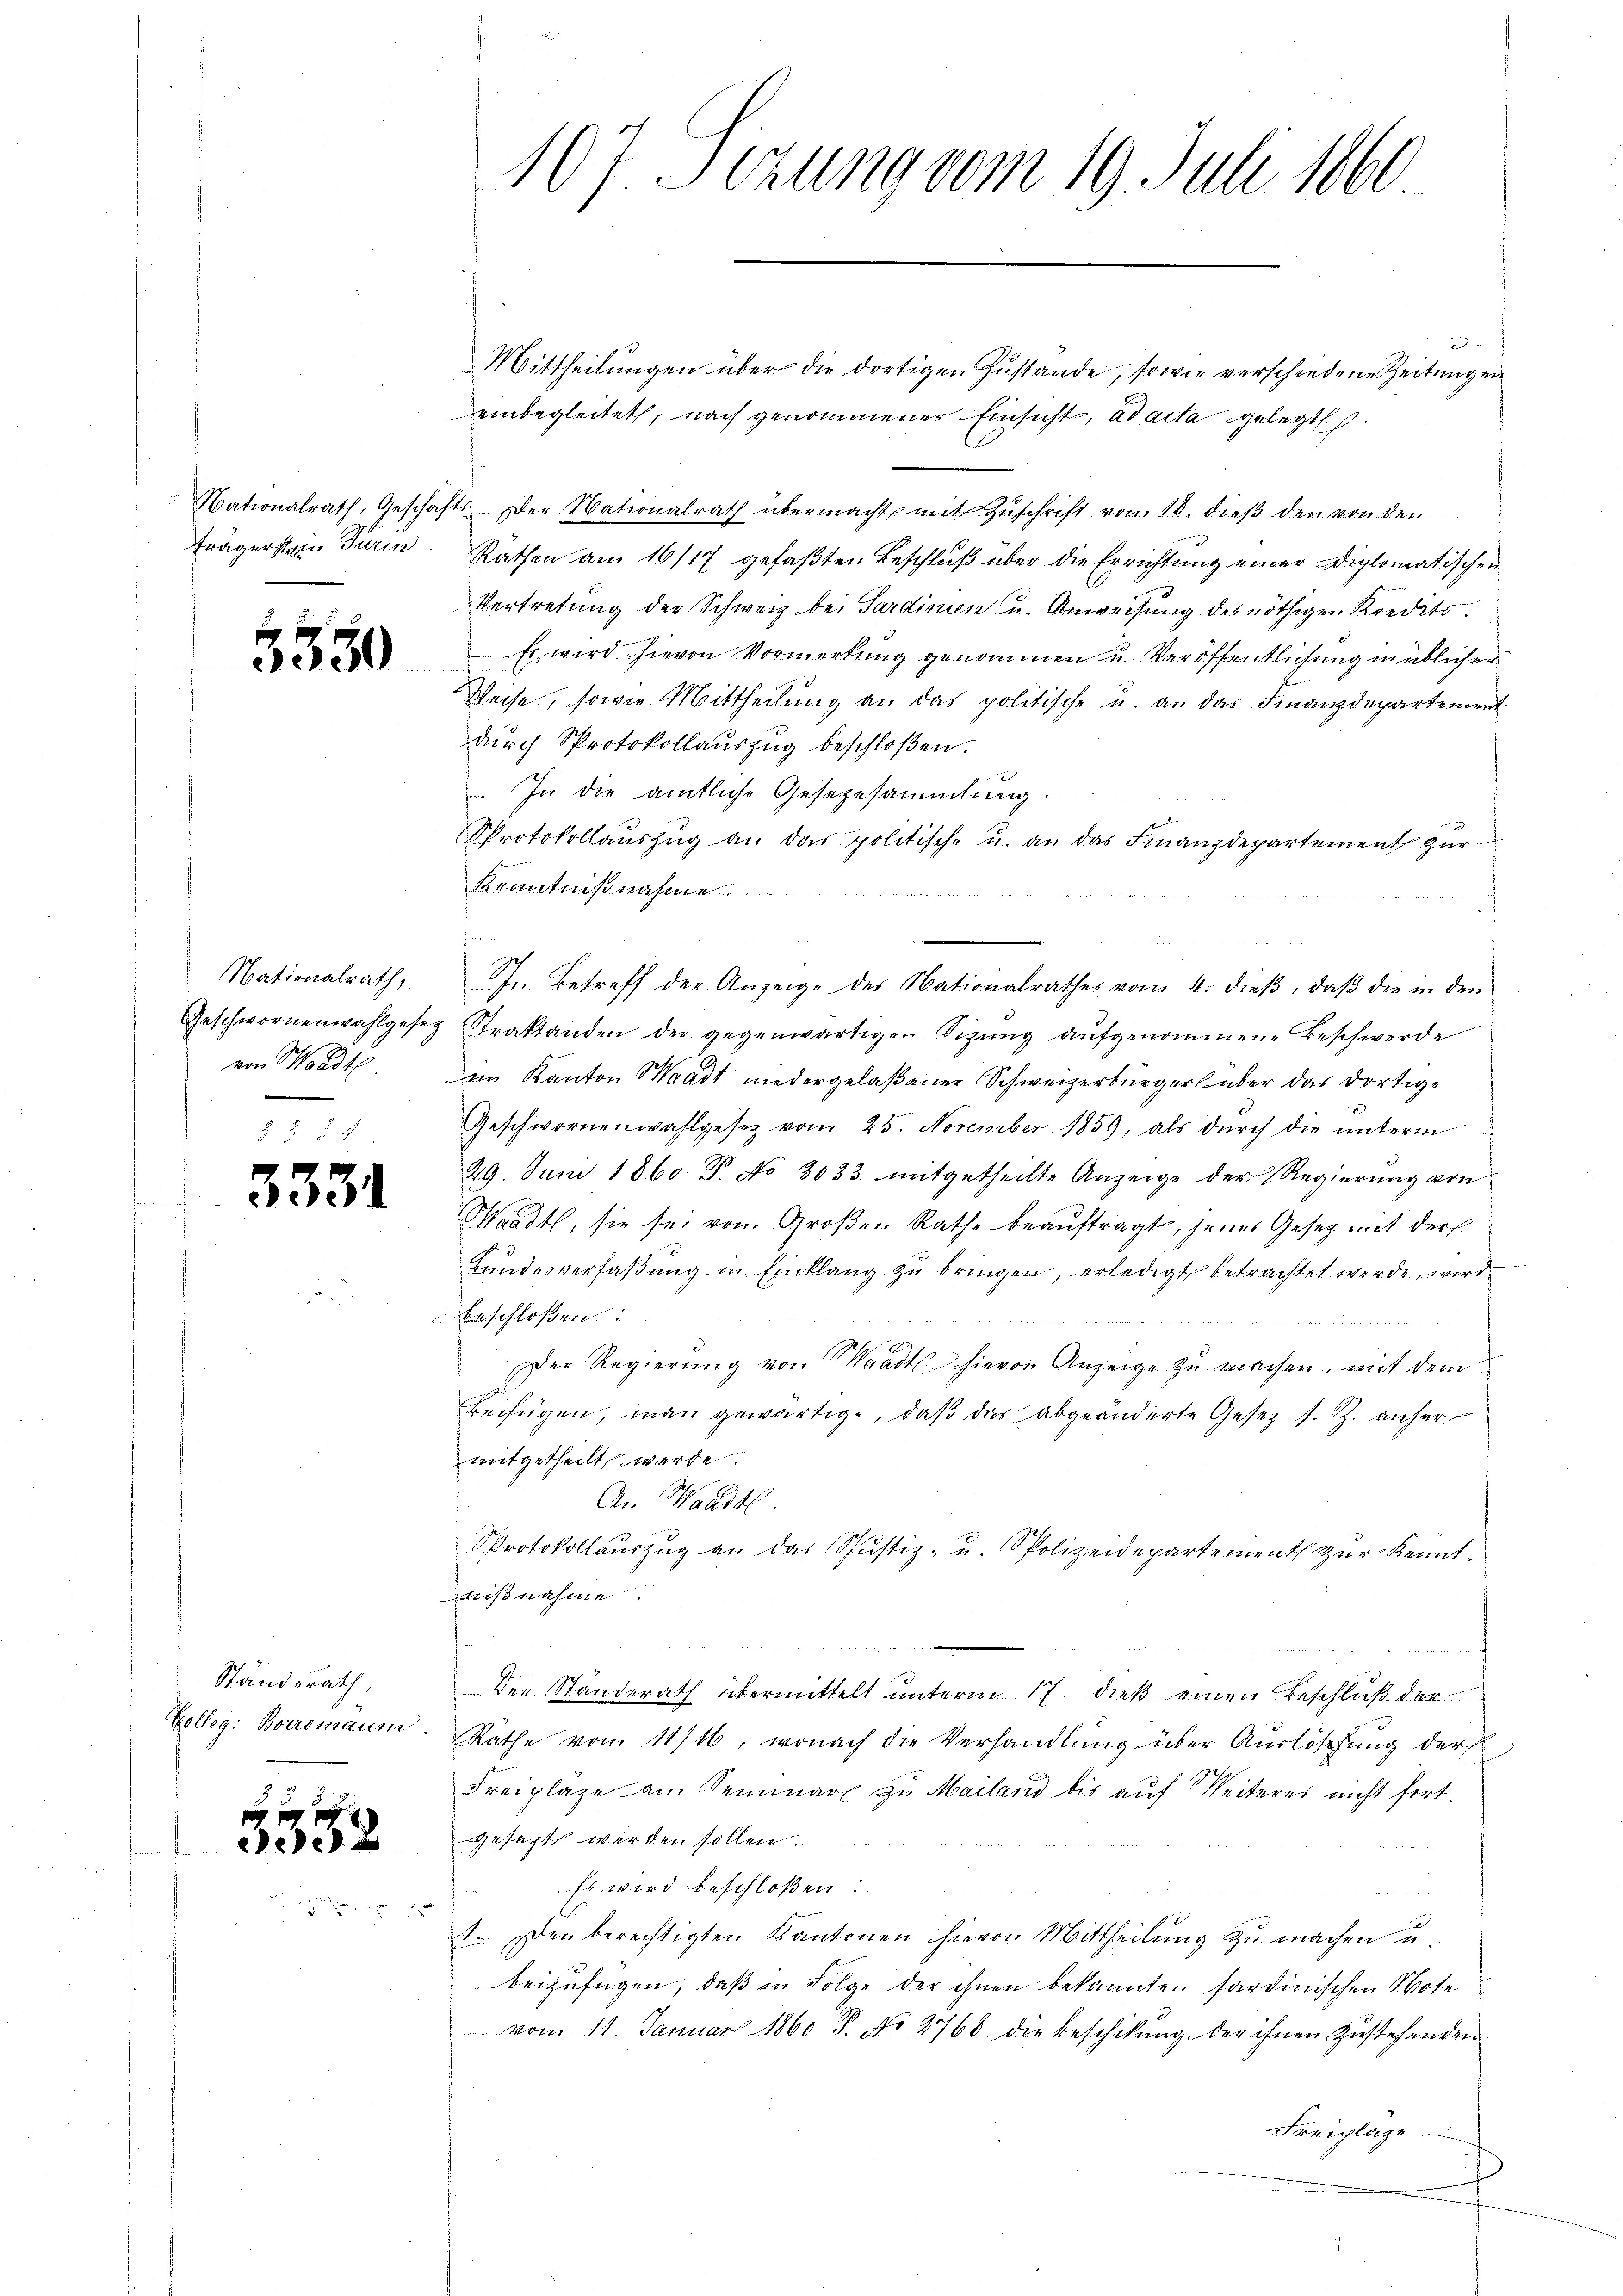
frägerstein Turin

3550

Nationalrath,
Geschwornenwahlgesez
von Waadt

3331

Ständerath,
Colleg. Borremaum.

3352

107. Sizung vom 19. Juli 1860

.
Mittheilungen über die dortigen Zustande, sowie verschiedene Zeitungen
einbegleitet, nach genommener Einsicht, ad acta gelegt.
Nationalrath, Geschäfts- der Nationalrath übermacht mit Zŭschrift von 18. dieβ den von den
Räthen am 16/17 gefaßten Beschluß über die Errichtung einer Diplomatischen
Vertretung der Schweiz bei Sardinien u. Anweisung des nöthigen Kredits.
 Es wird hievon Vormerkung genommen u. Veröffentlichung müblicher
Weise, sowie Mittheilung an das politische u. an das Finanzdepartement
durch Protokollauszug beschloßen.
e
In die amtliche Gesezesammlung.
Protokollaŭszŭg an das politische u. an das Finanzdepartement zur
Kenntnißnahme

Jr. Betreff der Anzeige des Nationalrathes vom 4. dieβ, daβ die in den
Straktanden der gegenwärtigen Sizung aufgenommene Beschwerde
im Kanton Waadt niedergelaßener Schweizerbürger über das dortige
Geschwornenwahlgesetz vom 25. November 1859, als durch die unterm
29. Juni 1860 Pr. No 3033 mitgetheilte Anzeige der Regierung von
Waadt, sie sei von Großen Rathe beauftragt, jenes Gesetz mit der
Bundesverfaßung in Einklang zu bringen, erledigt betrachtet werde, wird
beschloßen:
 12
Der Regierung von Waadt hievon Anzeige zu machen, mit dem
Beifügen, man gewärtige, daß das abgeänderte Gesetz s. Z. anher
mitgetheilt werde.
An Waadt
Protokollauszug an das Justiz- u. Spolizeidepartement zur Kenntwißnahme

Der Ständerath übermittelt unterm 17. dieβ einen Beschluß der
Räthe vom 11/16, wonach die Verhandlung über Auslöschung der
Freipläge am Seminar zu Mailand bis auf Seiteres nicht fortgesagt werden sollen.
Es wird beschloßen:
1. Der berechtigten Kantonen hievon Mittheilung zu machen u.
beizufügen, daß in Folge der ihnen bekannten sardinischen Note
 vom 11. Januar 1860 P. No 2768 die Beschikung der ihnen Zustehenden
Freipläge.